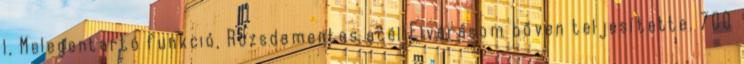
l, Melegentartó funkció, Rozsdamentes acél Elvárásom bőven teljesítette. 700